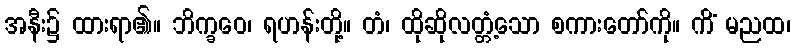
အနီး၌ ထားရာ၏။ ဘိက္ခဝေ၊ ရဟန်းတို့။ တံ၊ ထိုဆိုလတ္တံ့သော စကားတော်ကို။ ကိံ မညထ၊